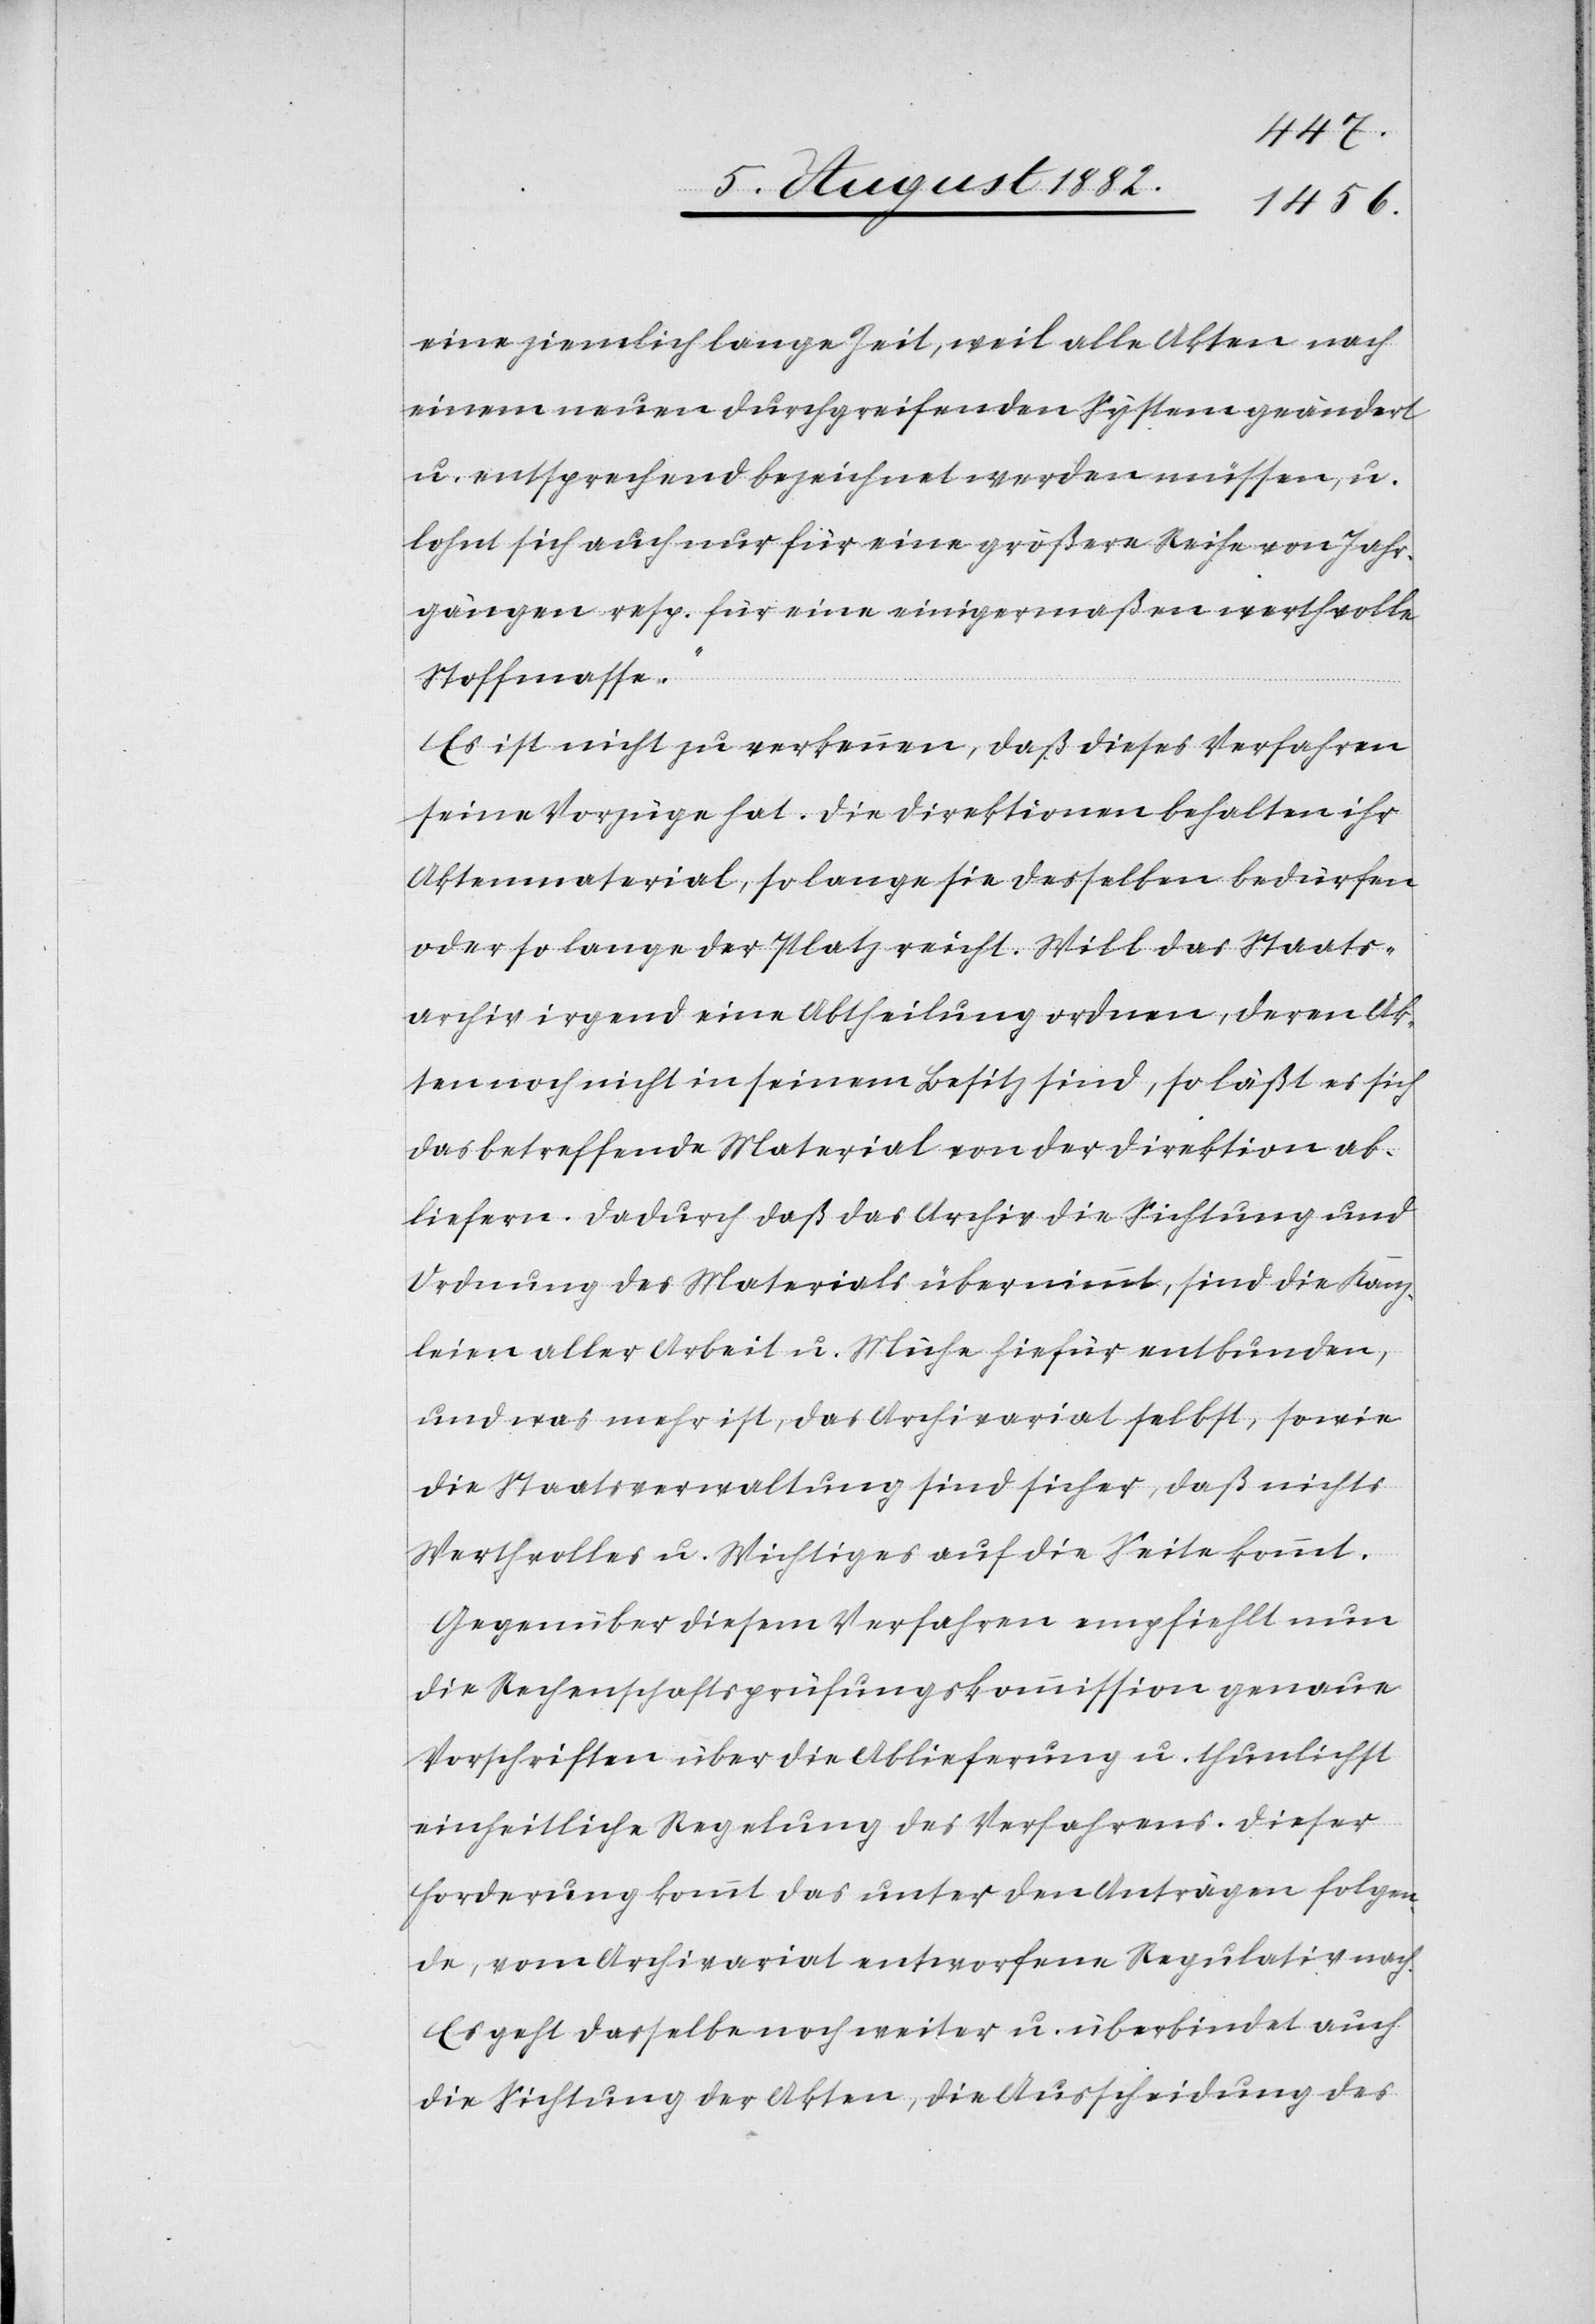
eine ziemlich lange Zeit, weil alle Akten nach
einem neuen durchgreifenden System geändert
u. entsprechend bezeichnet werden müssen, u.
lohnt sich auch nur für eine größere Reihe von Jahr¬
gängen resp. für eine einigermaßen werthvolle
Stoffmasse.“
Es ist nicht zu verkennen, daß diese Verfahren
seine Vorzüge hat. Die Direktionen behalten ihr
Aktenmaterial, so lange sie desselben bedürfen
oder so lange der Platz reicht. Will das Staats¬
archiv irgend eine Abtheilung ordnen, deren Ak¬
ten noch nicht in seinem Besitz sind, so läßt es sich
das betreffende Material von der Direktion ab¬
liefern. Dadurch daß das Archiv die Sichtung und
Ordnung des Materials übernimmt, sind die Kanz¬
leien aller Arbeit u. Mühe hiefür entbunden,
und was mehr ist, das Archivariat selbst, sowie
die Staatsverwaltung sind sicher, daß nichts
Werthvolles u. Wichtiges auf die Seite kommt.
Gegenüber diesem Verfahren empfiehlt nun
die Rechenschaftsprüfungskommission genaue
Vorschriften über die Ablieferung u. thunlichst
einheitliche Regelung des Verfahrens. Dieser
Forderung kommt das unter den Anträgen folgen¬
de, vom Archivariat entworfene Regulativ nach.
Es geht dasselbe noch weiter u. überbindet auch
die Sichtung der Akten, die Ausscheidung des